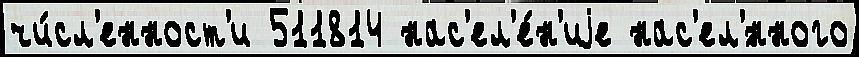
чи́сл'енност'и 511814 нас'ел'е́н'иjе нас'ел'́нного